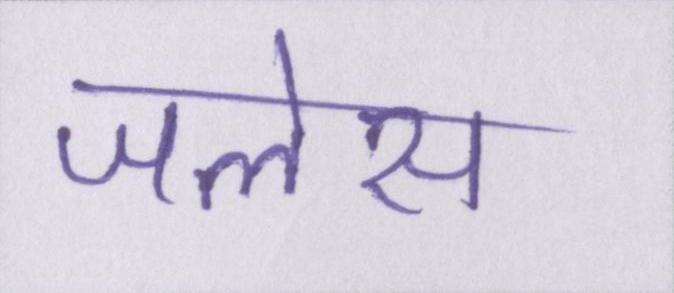
जलेस